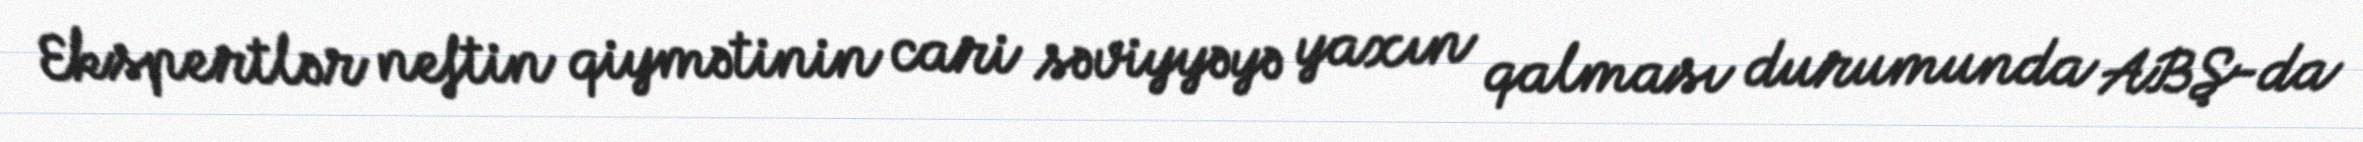
Ekspertlər neftin qiymətinin cari səviyyəyə yaxın qalması durumunda ABŞ-da